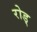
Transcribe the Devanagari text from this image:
रोड्